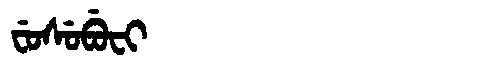
Manchu: ᠸᡠᠰᡠᠪᡠᠸᡳ
Romanization: FUSUBUFI